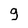
Character: g